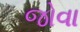
જોવા